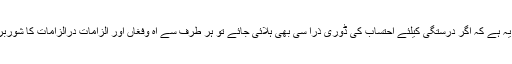
آج صورتحال یہ ہے کہ اگر درستگی کیلئے احتساب کی ڈوری ذرا سی بھی ہلائی جائے تو ہر طرف سے آہ وفغاں اور الزامات درالزامات کا شوربرپا ہو جاتاہے۔